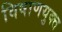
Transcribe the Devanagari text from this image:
विषाणयुक्त